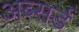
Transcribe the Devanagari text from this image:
अब्सर्ड